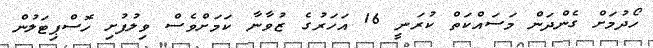
ހޯދުމަށް ގެންދަން މަސައްކަތް ކުރަނީ 16 އަހަރުގެ ޒުވާނާ ކަމަށްވެސް ވިލުފުށި ހޮސްޕިޓަލުން